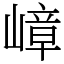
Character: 嶂